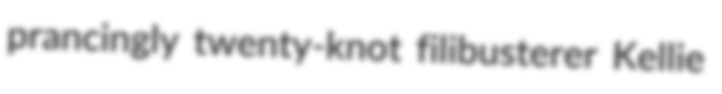
prancingly twenty-knot filibusterer Kellie